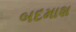
બદમાશ